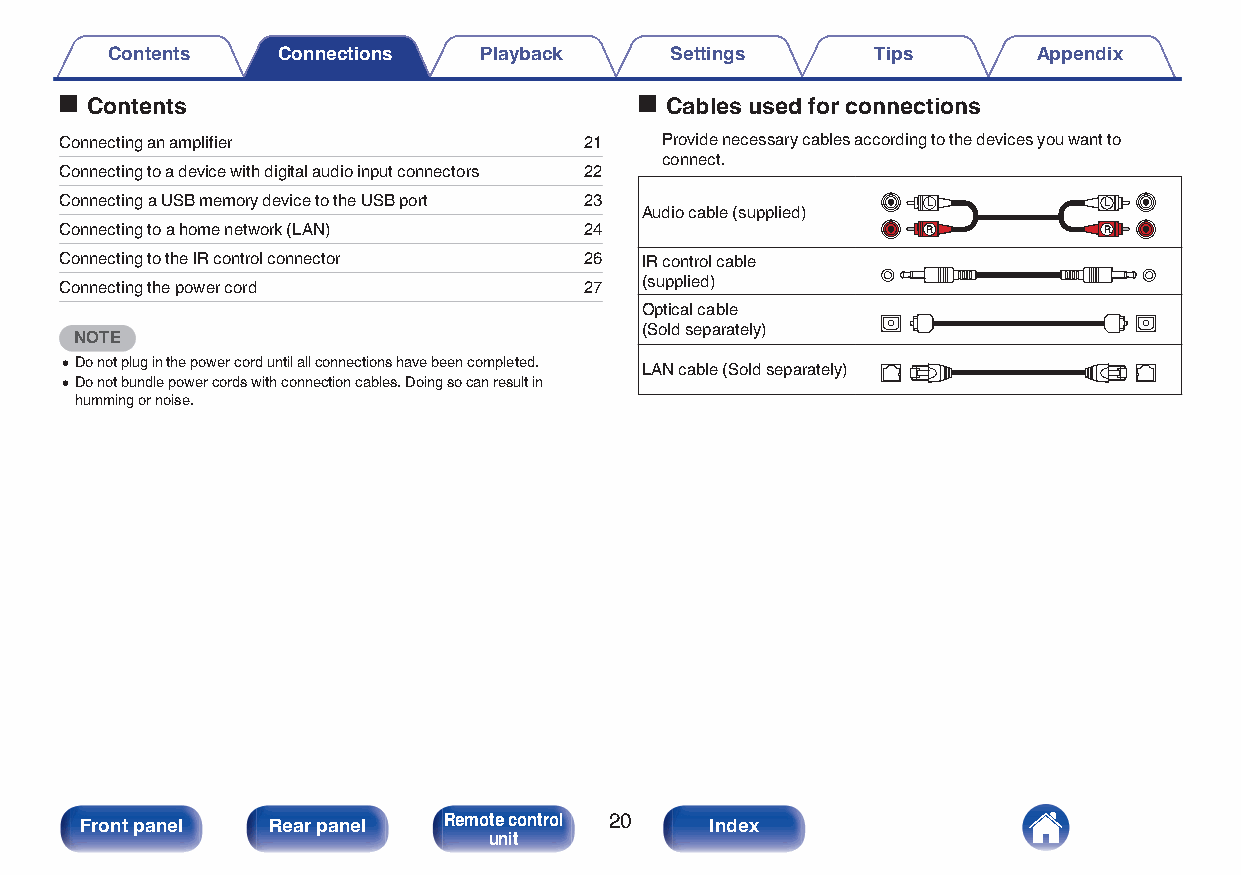
Contents   Connections   Playback    Settings      Tips       Appendix
 o Contents                            o Cables used for connections
 Connecting an amplifier            21   Provide necessary cables according to the devices you want to
 connect.
 Connecting to a device with digital audio input connectors 22
 Connecting a USB memory device to the USB port 23        L           L
 Audio cable (supplied)
 Connecting to a home network (LAN) 24                    R           R
 Connecting to the IR control connector 26 IR control cable
 Connecting the power cord          27 (supplied)
 Optical cable
 (Sold separately)
 NOTE
 0Do not plug in the power cord until all connections have been completed.
 LAN cable (Sold separately)
 0Do not bundle power cords with connection cables. Doing so can result in
 humming or noise.
 Front panel  Rear panel Remote control 20 Index
 unit